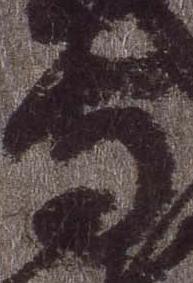
守